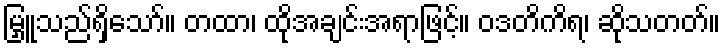
မြှူသည်ရှိသော်။ တထာ၊ ထိုအချင်းအရာဖြင့်။ ဝဒတိကိရ၊ ဆိုသတတ်။